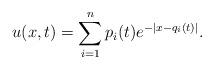
LaTeX: \begin{align*}u(x,t)=\sum_{i=1}^{n}p_i(t)e^{-|x-q_i(t)|}.\end{align*}